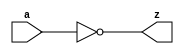
//#############################################################################
//# Function: Inverter                                                        #
//# Copyright: Lambda Project Authors. All rights Reserved.                   #
//# License:  MIT (see LICENSE file in Lambda repository)                     #
//#############################################################################

module la_inv #(
    parameter PROP = "DEFAULT"
) (
    input  a,
    output z
);

    assign z = ~a;

endmodule